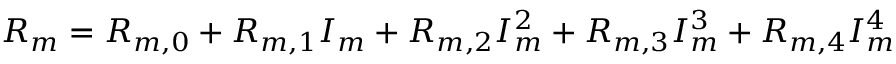
R _ { m } = R _ { m , 0 } + R _ { m , 1 } I _ { m } + R _ { m , 2 } I _ { m } ^ { 2 } + R _ { m , 3 } I _ { m } ^ { 3 } + R _ { m , 4 } I _ { m } ^ { 4 }